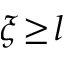
\xi \! \ge \! l